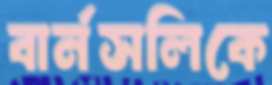
বার্নসলিকে